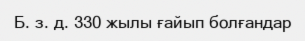
Б. з. д. 330 жылы ғайып болғандар